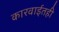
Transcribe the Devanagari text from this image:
कारवाईतही